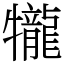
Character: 𤜆